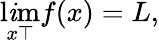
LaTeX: \operatorname*{l\mathit{i}m}_{x\top}f(x)=L,